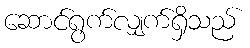
ဆောင်ရွက်လျှက်ရှိသည်